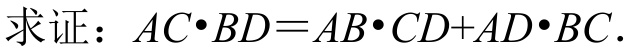
求证：$AC\cdot BD = AB\cdot CD + AD\cdot BC$.